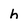
Character: h